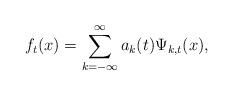
LaTeX: \begin{align*}f_{t}(x)=\sum\limits_{k=-\infty}^{\infty}a_{k}(t)\Psi_{k,t}(x),\end{align*}